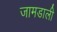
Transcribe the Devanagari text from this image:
जामडाली